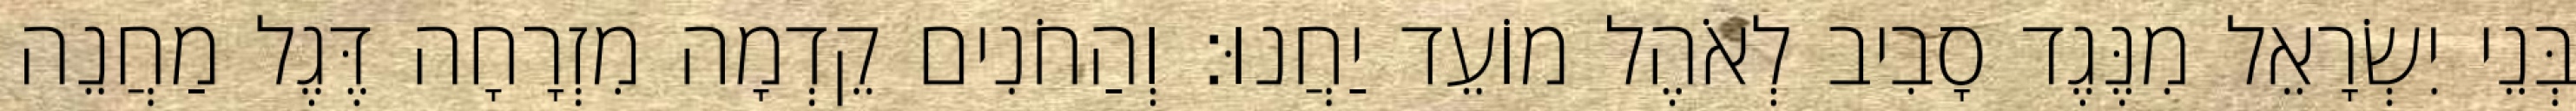
בְּנֵי יִשְׂרָאֵל מִנֶּגֶד סָבִיב לְאֹהֶל מוֹעֵד יַחֲנוּ׃ וְהַחֹנִים קֵדְמָה מִזְרָחָה דֶּגֶל מַחֲנֵה